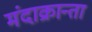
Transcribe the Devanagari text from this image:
मंदाक्रान्ता